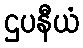
ဌပနီယံ